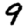
Digit: 9